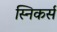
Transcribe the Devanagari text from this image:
स्निकर्स